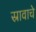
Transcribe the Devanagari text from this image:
स्रावाचे